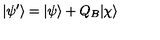
| \psi ^ { \prime } \rangle = | \psi \rangle + Q _ { B } | \chi \rangle